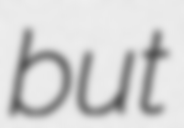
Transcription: but